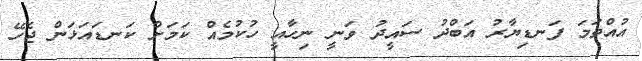
އުއްތަމަ ފަނޑިޔާރު އަބްދު ސައީދު ވަނީީ ނިހާއީ ހުކުމެއް ކަމަށް ކަނޑައަޅަން ޖެހޭ